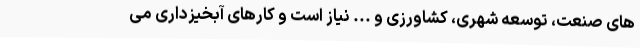
های صنعت، توسعه شهری، کشاورزی و ... نیاز است و کارهای آبخیزداری می